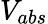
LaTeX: V_{abs}